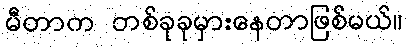
မီတာက တစ်ခုခုမှားနေတာဖြစ်မယ်။